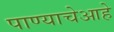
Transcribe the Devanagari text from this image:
पाण्याचेआहे